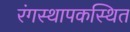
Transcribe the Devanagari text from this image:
रंगस्थापकस्थित